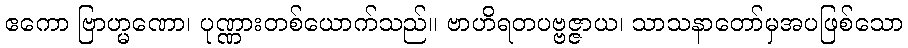
ဧကော ဗြာဟ္မဏော၊ ပုဏ္ဏားတစ်ယောက်သည်။ ဗာဟိရတပဗ္ဗဇ္ဇာယ၊ သာသနာတော်မှအပဖြစ်သော